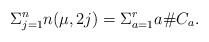
LaTeX: \begin{align*}\Sigma_{j=1}^n n(\mu,2j) = \Sigma_{a=1}^r a \# C_a.\end{align*}